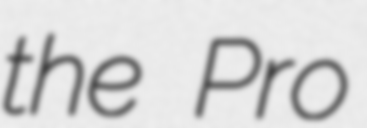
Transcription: the Pro